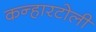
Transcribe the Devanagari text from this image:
कन्हारटोली